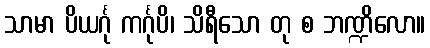
သာမာ ပိယင်္ဂု ကင်္ဂုပိ၊ သိရီသော တု စ ဘဏ္ဍိလော။